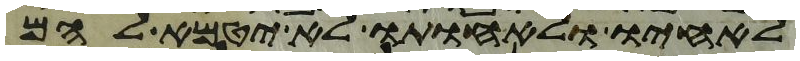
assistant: לאחיו ולאחותו לא יטמא להם